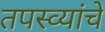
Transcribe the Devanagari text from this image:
तपस्व्यांचे